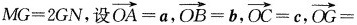
$$M G = 2 G N$$，设$$\overrightarrow { O A } = a$$，$$\overrightarrow { O B } = b$$，$$\overrightarrow { O